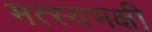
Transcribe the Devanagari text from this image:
मत्स्यभक्षी